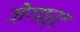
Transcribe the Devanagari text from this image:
ज़ेगार्ट